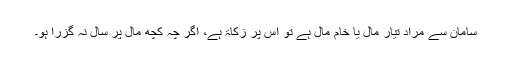
سامان سے مراد تیار مال یا خام مال ہے تو اس پر زکاۃ ہے، اگر چہ کچھ مال پر سال نہ گزرا ہو۔